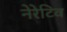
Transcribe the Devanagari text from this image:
नेरेटिव